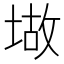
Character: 𫮆